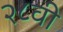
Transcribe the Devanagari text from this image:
२८वी